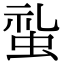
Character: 𧊢